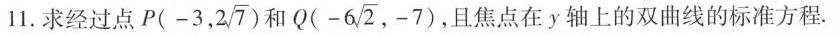
11.求经过点 P(-3,2 \sqrt{7}) 和 Q(-6 \sqrt{2},-7)，且焦点在y轴上的双曲线的标准方程。